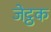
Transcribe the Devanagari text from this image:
जेट्ठक